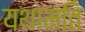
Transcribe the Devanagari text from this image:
यथामति